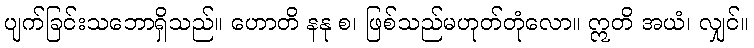
ပျက်ခြင်းသဘောရှိသည်။ ဟောတိ နနု စ၊ ဖြစ်သည်မဟုတ်တုံလော။ ဣတိ အယံ၊ လျှင်။